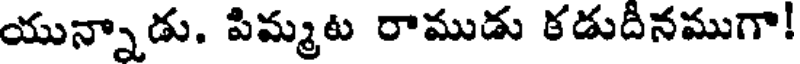
యున్నాడు. పిమ్మట రాముడు కడుదినముగా!